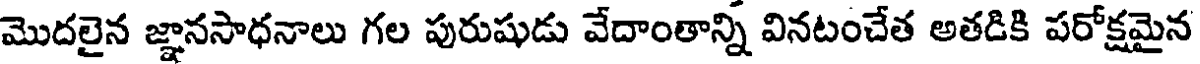
మొదలైన జ్ఞానసాధనాలు గల పురుషుడు వేదాంతాన్ని వినటంచేత అతడికి పరోక్షమైన